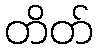
တိတ်